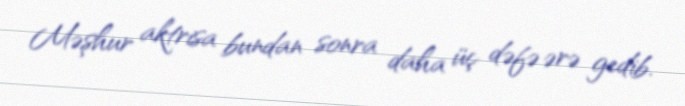
Məşhur aktrisa bundan sonra daha üç dəfə ərə gedib.